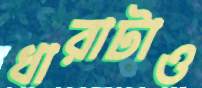
ধারাটাও